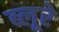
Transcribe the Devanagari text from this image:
ब्लूरे